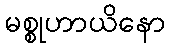
မစ္စုဟာယိနော